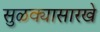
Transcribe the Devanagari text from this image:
सुळक्यासारखे